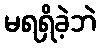
မရရှိခဲ့ဘဲ